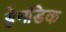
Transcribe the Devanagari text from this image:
हेनडिक